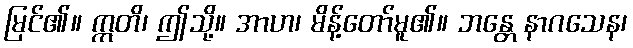
မြင်၏။ ဣတိ၊ ဤသို့။ အာဟ၊ မိန့်တော်မူ၏။ ဘန္တေ နာဂသေန၊